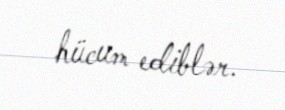
hücum ediblər.